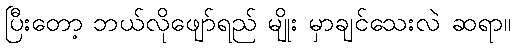
ပြီးတော့ ဘယ်လိုဖျော်ရည် မျိုး မှာချင်သေးလဲ ဆရာ။